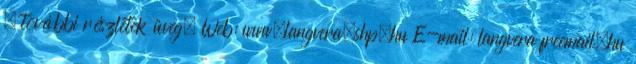
. további részletek üveg. Web: www.langvera.shp.hu E-mail: langvera freemail.hu